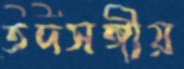
তদসঙ্গীয়